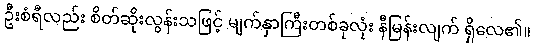
ဦးစံရီလည်း စိတ်ဆိုးလွန်းသဖြင့် မျက်နှာကြီးတစ်ခုလုံး နီမြန်းလျက် ရှိလေ၏။